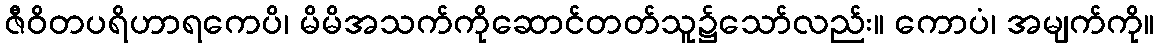
ဇီဝိတပရိဟာရကေပိ၊ မိမိအသက်ကိုဆောင်တတ်သူ၌သော်လည်း။ ကောပံ၊ အမျက်ကို။